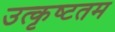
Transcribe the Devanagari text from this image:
उत्‍कृष्‍टतम